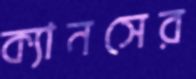
ক্যানসের